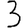
Digit: 3